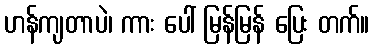
ဟန်ကျတာပဲ၊ ကား ပေါ် မြန်မြန် ပြေး တက်။